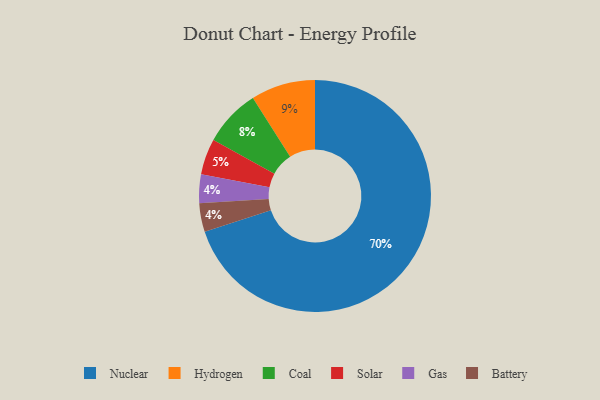
{"axis": {"x": "Category", "y": "Percentage"}, "legend": ["Battery", "Coal", "Gas", "Hydrogen", "Nuclear", "Solar"], "data": [{"x": "Nuclear", "y": 70, "type": "Nuclear"}, {"x": "Gas", "y": 4, "type": "Gas"}, {"x": "Solar", "y": 5, "type": "Solar"}, {"x": "Hydrogen", "y": 9, "type": "Hydrogen"}, {"x": "Battery", "y": 4, "type": "Battery"}, {"x": "Coal", "y": 8, "type": "Coal"}]}